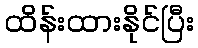
ထိန်းထားနိုင်ပြီး